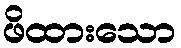
ဖိထားသော